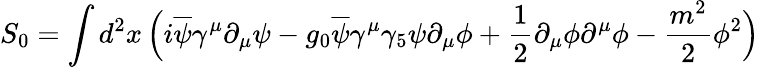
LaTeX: S_{0}=\int d^{2}x\, \Big(i\overline{{\psi}}\gamma^{\mu}\partial_{\mu}\psi-g_{0}\overline{{\psi}}\gamma^{\mu}\gamma_{5}\psi\partial_{\mu}\phi+{\frac{1}{2}}\partial_{\mu}\phi\partial^{\mu}\phi-{\frac{m^{2}}{2}}\phi^{2}\Big)